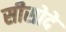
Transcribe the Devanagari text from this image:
सीसोदे